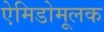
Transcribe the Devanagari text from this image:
ऐमिडोमूलक